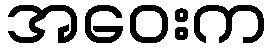
အဝေးက